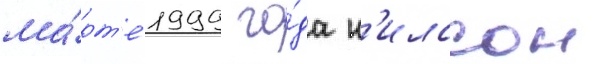
ма́рт'е 1999 го́да н'илссон